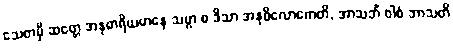
သေတမှိ ဆတ္တေ အနုဓာရိယမာနေ သဗ္ဗာ စ ဒိသာ အနုဝိလောကေတိ, အာသဘိံ ဝါစံ ဘာသတိ